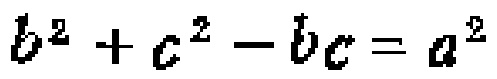
\(b^{2} + c^{2} - bc = a^{2}\)